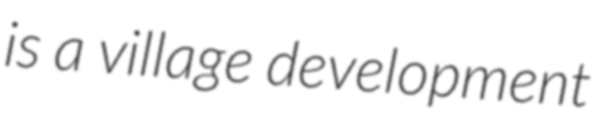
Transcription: is a village development